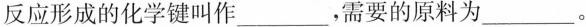
反应形成的化学键叫作___，需要的原料为___。